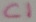
Text: C1